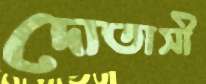
দোতাসী